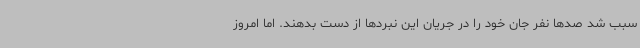
سبب شد صدها نفر جان خود را در جریان این نبردها از دست بدهند. اما امروز